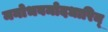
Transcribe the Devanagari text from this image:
मनोभवमोदधारिन्